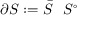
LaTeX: \partial S : = { \bar { S } } \setminus S ^ { \circ }